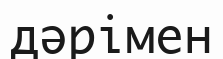
дәрімен